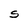
Character: S